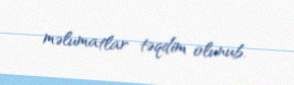
məlumatlar təqdim olunub.